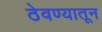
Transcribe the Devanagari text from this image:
ठेवण्यातून